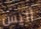
أليس